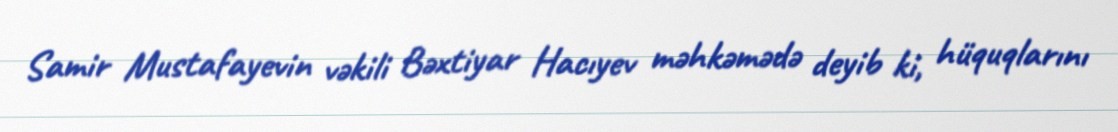
Samir Mustafayevin vəkili Bəxtiyar Hacıyev məhkəmədə deyib ki, hüquqlarını